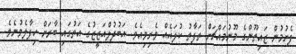
ފެށުމުން ޒައިތޫންގެ މޫނުމައްޗަށް ތަފާތު ކުލައެއް ވެރިވިއެވެ. އަބުދުލްއަޒީޒުގެ އަތުގައި ބާރަށް ހިފާލެވުނެވެ.